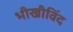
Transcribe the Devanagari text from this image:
भीखीविंद